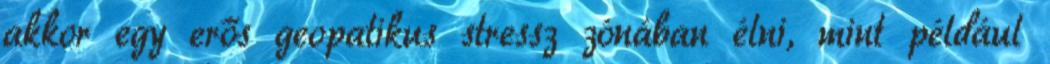
akkor egy erős geopatikus stressz zónában élni, mint például